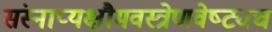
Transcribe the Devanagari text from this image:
संस्नाप्यक्षौमवस्त्रेणवेष्ट्यच